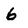
Character: 6